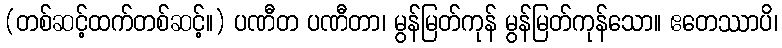
(တစ်ဆင့်ထက်တစ်ဆင့်။) ပဏီတ ပဏီတာ၊ မွန်မြတ်ကုန် မွန်မြတ်ကုန်သော။ ဧတေဿာပိ၊